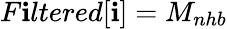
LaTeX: F\mathbf{i}ltered[\mathbf{i}]=M_{nhb}